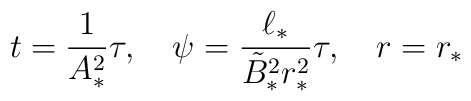
t={1\over A^{2}_{*}}\tau,\quad \psi={\ell_{*}\over \tilde{B}_{*}^{2}r_{*}^{2}}\tau,\quad r=r_{*}